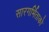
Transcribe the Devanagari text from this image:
सारगर्भिताको